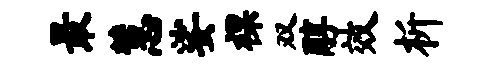
最慧娑裸双醇效析